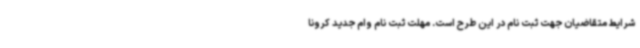
شرایط متقاضیان جهت ثبت نام در این طرح است. مهلت ثبت نام وام جدید کرونا